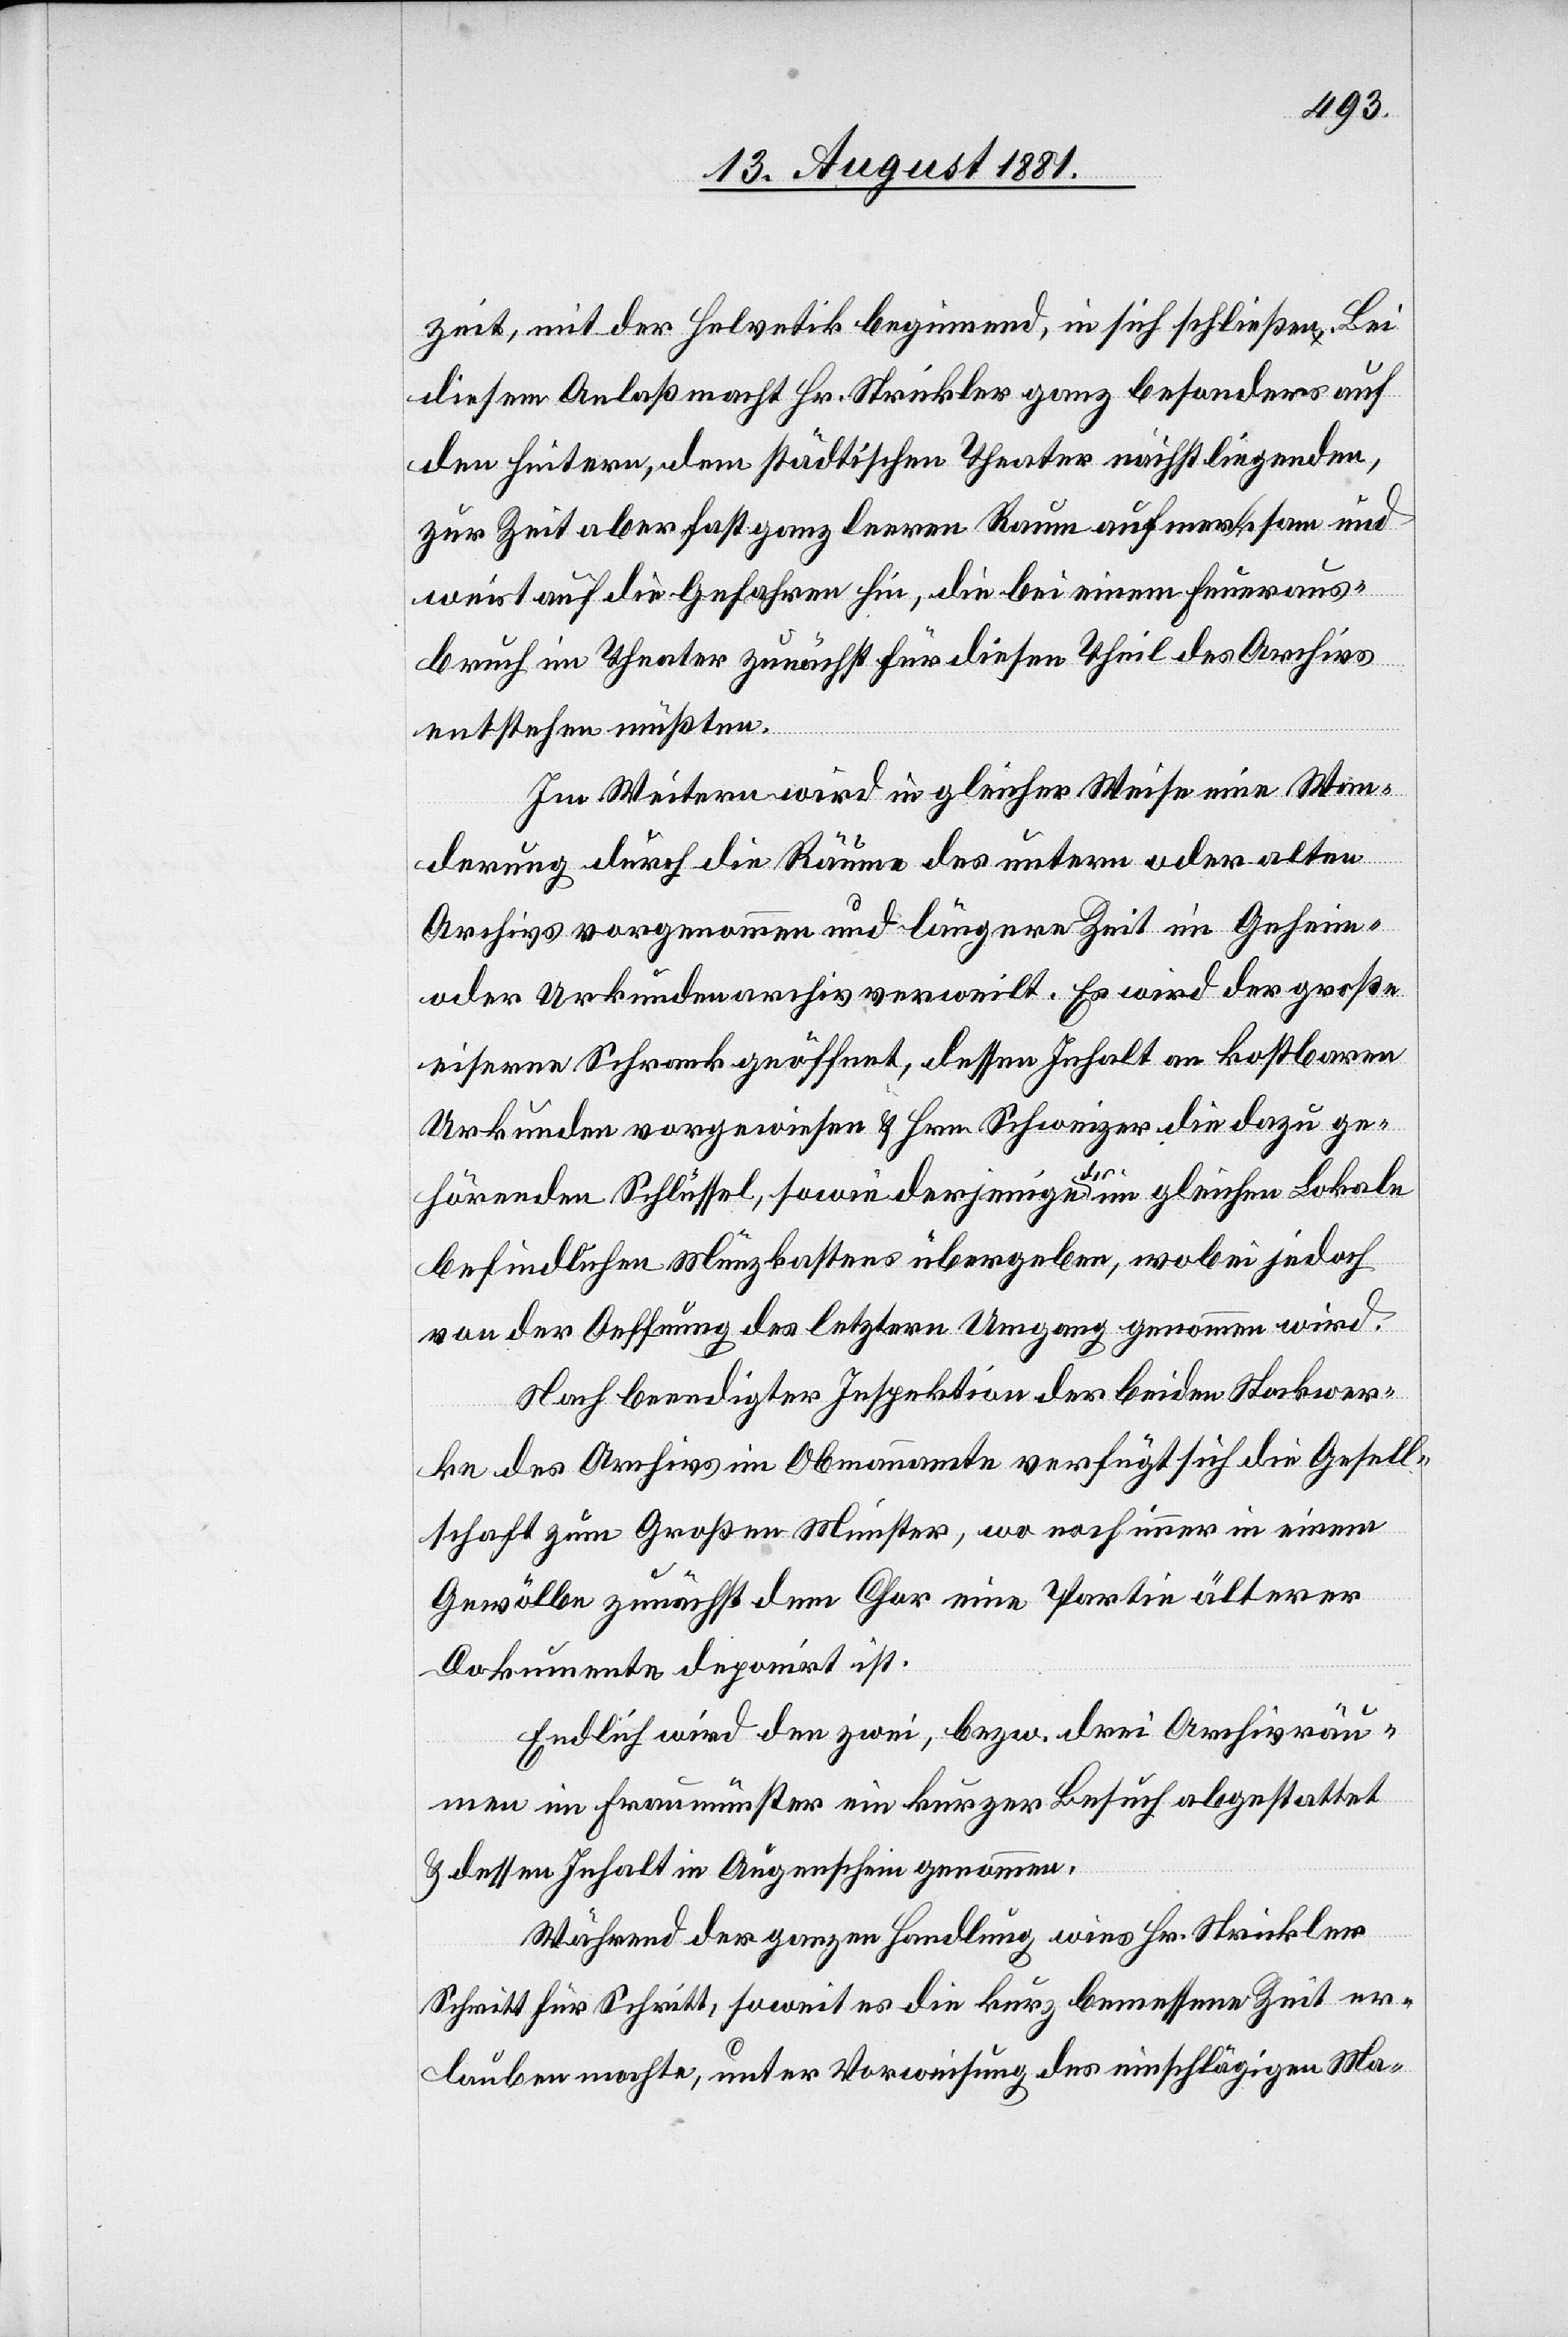
zeit, mit der Helvetik beginnend, in sich schließen. Bei
diesem Anlaß macht Hr. Strickler ganz besonders auf
den heitern, dem städtischen Theater nächstliegenden,
zur Zeit aber fast ganz leeren Raum aufmerksam und
weist auf die Gefahren hin, die bei einem Feueraus¬
bruch im Theater zunächst für diesen Theil des Archivs
entstehen müßten.
Im Weitern wird in gleicher Weise eine Wan¬
derung durch die Räume des untern oder alten
Archiv vorgenommen und längere Zeit im Geheim-
oder Urkundenarchiv verweilt. Es wird der große
eiserne Schrank geöffnet, dessen Inhalt an kostbaren
Urkunden vorgewiesen & Hrn. Schweizer die dazu ge¬
hörenden Schlüssel, sowie derjenigen der im gleichen Lokale
befindlichen Münzkastens übergeben, wobei jedoch
von der Oeffnung des letztern Umgang genommen wird.
Nach beendigter Inspektion der beiden Stockwer¬
ke des Archivs im Obmannamte verfügt sich die Gesell¬
schaft zum Großen Münster, wo noch immer in einem
Gewölbe zunächst dem Chor eine Partie älterer
Dokumente deponirt ist.
Endlich wird den zwei, bezw. drei Archivräu¬
men im Fraumünster ein kurzer Besuch abgestattet
& dessen Inhalt in Augenschein genommen.
Während der ganzen Handlung wies Hr. Strickler
Schritt für Schritt, soweit es die kurz bemessene Zeit er¬
lauben machte, unter Vorweisung des einschlägigen Ma-